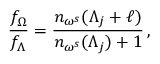
\frac { f _ { \Omega } } { f _ { \Lambda } } = \frac { n _ { \omega ^ { s } } ( \Lambda _ { j } + \ell ) } { n _ { \omega ^ { s } } ( \Lambda _ { j } ) + 1 } \, ,